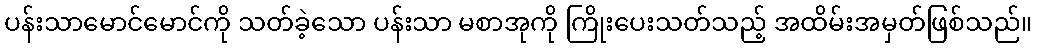
ပန်းသာမောင်မောင်ကို သတ်ခဲ့သော ပန်းသာ မစာအုကို ကြိုးပေးသတ်သည့် အထိမ်းအမှတ်ဖြစ်သည်။